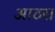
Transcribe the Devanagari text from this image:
आठरा